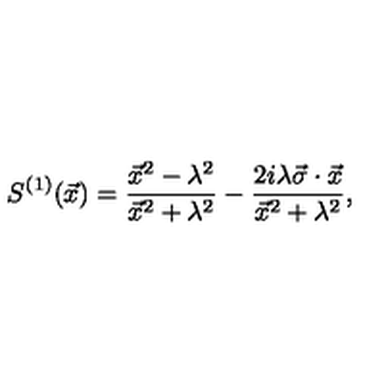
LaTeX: S ^ { ( 1 ) } ( \vec { x } ) = \frac { { \vec { x } } ^ { 2 } - \lambda ^ { 2 } } { { \vec { x } } ^ { 2 } + \lambda ^ { 2 } } - \frac { 2 i \lambda \vec { \sigma } \cdot \vec { x } } { { \vec { x } } ^ { 2 } + \lambda ^ { 2 } } ,